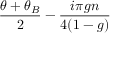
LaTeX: \frac { \theta + \theta _ { B } } { 2 } - \frac { i \pi g n } { 4 ( 1 - g ) }